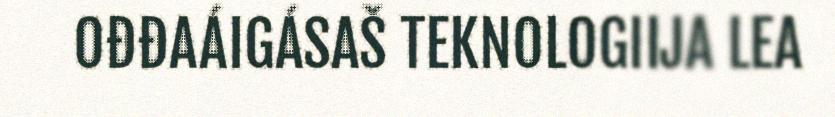
OĐĐAÁIGÁSAŠ TEKNOLOGIIJA LEA